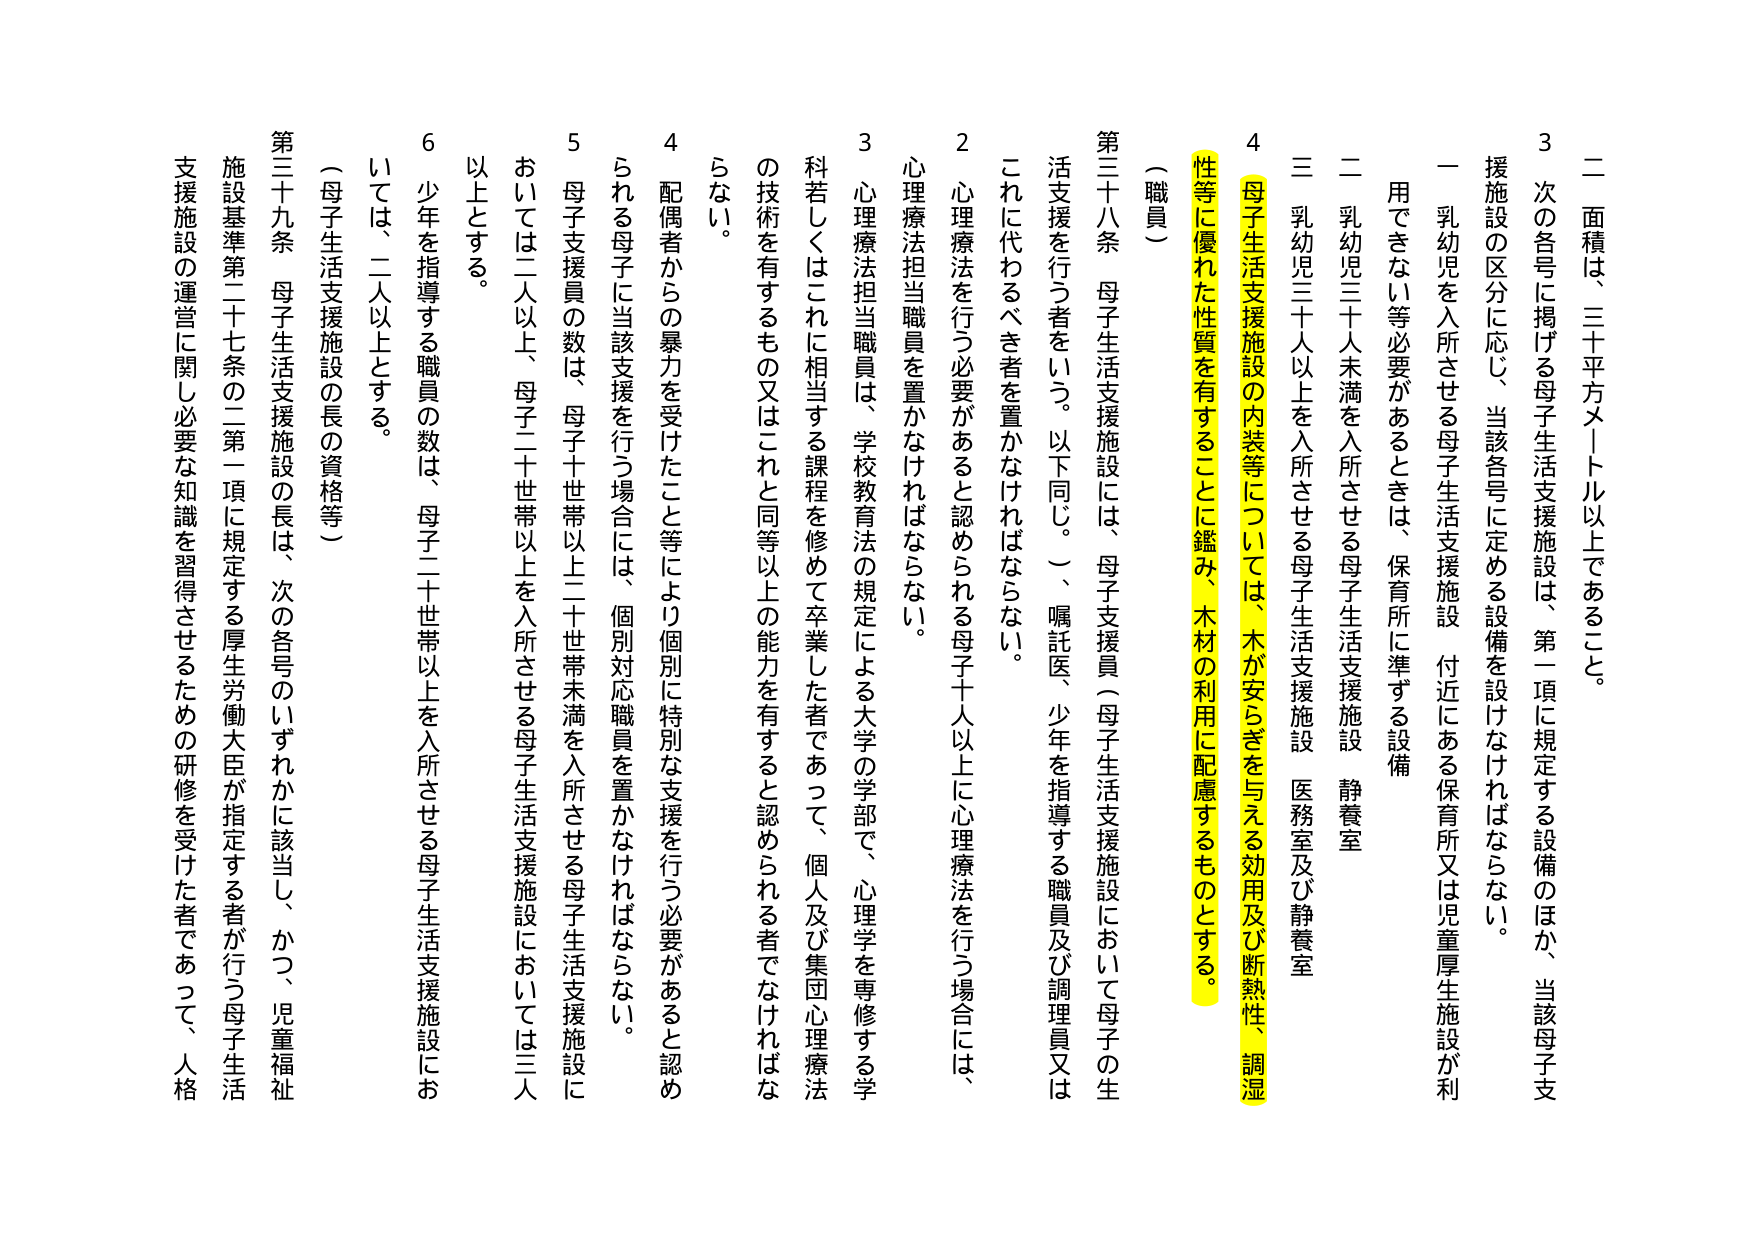
二 面積は、三十平方メートル以上であること。

3 次の各号に掲げる母子生活支援施設は、第一項に規定する設備のほか、当該母子支援施設の区分に応じ、当該各号に定める設備を設けなければならない。

一 乳幼児を入所させる母子生活支援施設 付近にある保育所又は児童厚生施設が利用できない等必要があるときは、保育所に準ずる設備

二 乳幼児三十人未満を入所させる母子生活支援施設 静養室

三 乳幼児三十人以上を入所させる母子生活支援施設 医務室及び静養室

4 母子生活支援施設の内装等については、木が安らぎを与える効用及び断熱性、調湿性等に優れた性質を有することに鑑み、木材の利用に配慮するものとする。

（職員）

第三十八条 母子生活支援施設には、母子支援員（母子生活支援施設において母子の生活支援を行う者をいう。以下同じ。）、嘱託医、少年を指導する職員及び調理員又はこれに代わるべき者を置かなければならない。

2 心理療法を行う必要があると認められる母子十人以上に心理療法を行う場合には、心理療法担当職員を置かなければならない。

3 心理療法担当職員は、学校教育法の規定による大学の学部で、心理学を専修する学科若しくはこれに相当する課程を修めて卒業した者であって、個人及び集団心理療法の技術を有するもの又はこれと同等以上の能力を有すると認められる者でなければならない。

4 配偶者からの暴力を受けたこと等により個別に特別な支援を行う必要があると認められる母子に当該支援を行う場合には、個別対応職員を置かなければならない。

5 母子支援員の数は、母子十世帯以上二十世帯未満を入所させる母子生活支援施設においては二人以上、母子二十世帯以上を入所させる母子生活支援施設においては三人以上とする。

6 少年を指導する職員の数は、母子二十世帯以上を入所させる母子生活支援施設においては、二人以上とする。

（母子生活支援施設の長の資格等）

第三十九条 母子生活支援施設の長は、次の各号のいずれかに該当し、かつ、児童福祉施設基準第二十七条の二第一項に規定する厚生労働大臣が指定する者が行う母子生活支援施設の運営に関し必要な知識を習得させるための研修を受けた者であって、人格